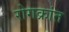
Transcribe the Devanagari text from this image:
रोगक्रांत